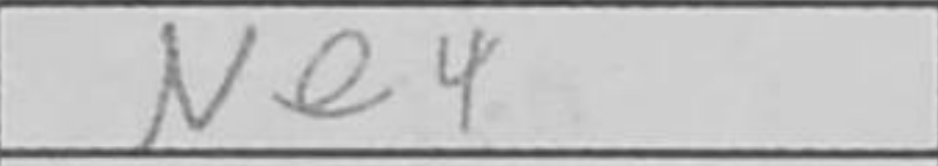
Transcription: Ne4